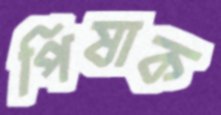
পিষাক